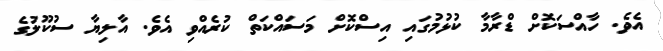
އެވެ. ހާއްސަކޮށް ޑްރާމާ ކުޅުމުގައި އިސްކޮށް މަސައްކަތް ކުރެއްވި އެވެ. އާލިޔާ ސުކޫލުގެ